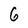
Character: 6